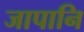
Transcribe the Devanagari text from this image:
जापानि